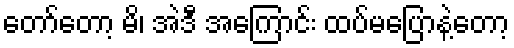
တော်တော့ မိ၊ အဲဒီ အကြောင်း ထပ်မပြောနဲ့တော့